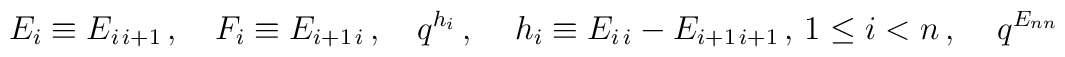
E_i\equiv E_{i\,i+1}\,,~~~F_i\equiv E_{i+1\,i}\,,~~~q^{h_i}\,,~~~\,h_i\equiv E_{i\,i}-E_{i+1\,i+1}\,,\,1\leq i< n\,,~~~\,q^{E_{nn}}